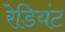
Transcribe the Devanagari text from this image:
रेडियंट